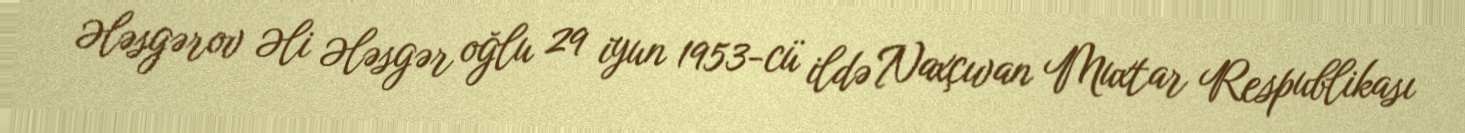
Ələsgərov Əli Ələsgər oğlu 29 iyun 1953-cü ildə Naxçıvan Muxtar Respublikası